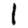
Digit: 1